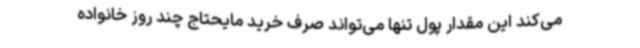
می‌کند این مقدار پول تنها می‌تواند صرف خرید مایحتاج چند روز خانواده